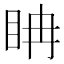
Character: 𥅆